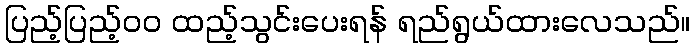
ပြည့်ပြည့်၀၀ ထည့်သွင်းပေးရန် ရည်ရွယ်ထားလေသည်။